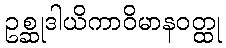
ဥစ္ဆုဒါယိကာဝိမာနဝတ္ထု